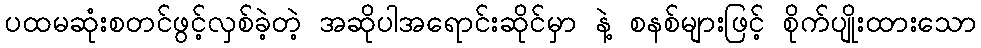
ပထမဆုံးစတင်ဖွင့်လှစ်ခဲ့တဲ့ အဆိုပါအရောင်းဆိုင်မှာ နဲ့ စနစ်များဖြင့် စိုက်ပျိုးထားသော